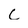
Character: C